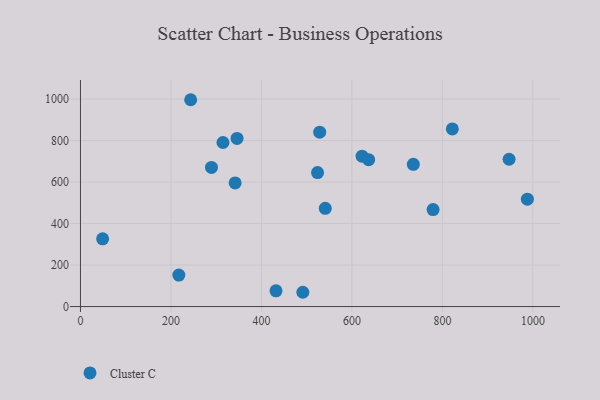
{"axis": {"x": "Investment", "y": "Fuel Efficiency"}, "legend": ["Cluster C"], "data": [{"x": "432.2", "y": 75.7, "type": "Cluster C"}, {"x": "524.0", "y": 645.9, "type": "Cluster C"}, {"x": "49.0", "y": 326.6, "type": "Cluster C"}, {"x": "779.4", "y": 467.4, "type": "Cluster C"}, {"x": "987.8", "y": 517.4, "type": "Cluster C"}, {"x": "217.4", "y": 151.7, "type": "Cluster C"}, {"x": "541.1", "y": 473.6, "type": "Cluster C"}, {"x": "622.4", "y": 724.7, "type": "Cluster C"}, {"x": "735.7", "y": 685.4, "type": "Cluster C"}, {"x": "947.4", "y": 710.1, "type": "Cluster C"}, {"x": "637.0", "y": 707.8, "type": "Cluster C"}, {"x": "491.5", "y": 68.8, "type": "Cluster C"}, {"x": "341.9", "y": 595.8, "type": "Cluster C"}, {"x": "243.6", "y": 996.9, "type": "Cluster C"}, {"x": "315.0", "y": 790.8, "type": "Cluster C"}, {"x": "528.8", "y": 840.6, "type": "Cluster C"}, {"x": "821.9", "y": 856.1, "type": "Cluster C"}, {"x": "346.1", "y": 810.6, "type": "Cluster C"}, {"x": "289.6", "y": 670.7, "type": "Cluster C"}]}